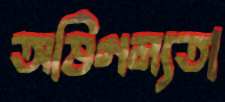
অভিগম্যতা